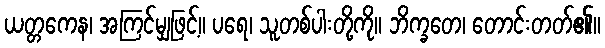
ယတ္တကေန၊ အကြင်မျှဖြင့်။ ပရေ၊ သူတစ်ပါးတို့ကို။ ဘိက္ခတေ၊ တောင်းတတ်၏။